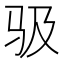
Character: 𱅂